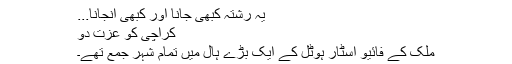
یہ رشتہ کبھی جانا اور کبھی انجانا...
کراچی کو عزت دو
ملک کے فائیو اسٹار ہوٹل کے ایک بڑے ہال میں تمام شہر جمع تھے۔